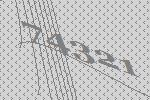
74321